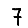
Digit: 7